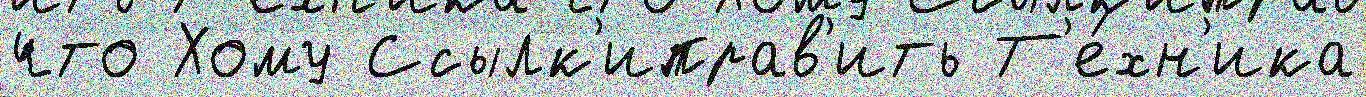
что Хому Ссылк'иправ'ить Т'е́хн'ика